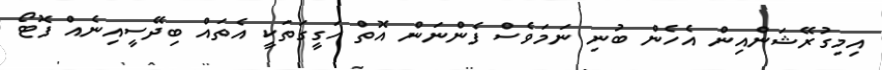
އިމިގުރޭޝަންއިން އެހެން ބުނި ނަމަވެސް ފެންނަން އޮތް ހަގީގަތަކީ އެތައް ބިދޭސީއިނެއް ފޮޓޯ